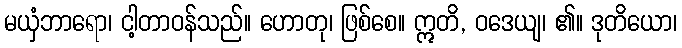
မယှံဘာရော၊ ငါ့တာဝန်သည်။ ဟောတု၊ ဖြစ်စေ။ ဣတိ, ဝဒေယျ၊ ၏။ ဒုတိယော၊